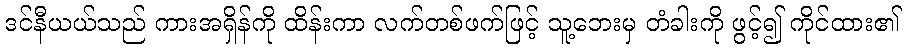
ဒင်နီယယ်သည် ကားအရှိန်ကို ထိန်းကာ လက်တစ်ဖက်ဖြင့် သူ့ဘေးမှ တံခါးကို ဖွင့်၍ ကိုင်ထား၏